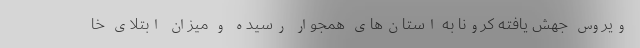
ویروس جهش یافته کرونا به استان‌های همجوار رسیده و میزان ابتلای خا